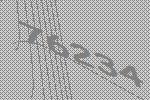
76234